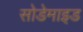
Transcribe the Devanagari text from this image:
सोडेमाइड